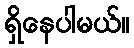
ရှိနေပါမယ်။